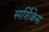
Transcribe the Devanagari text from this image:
स्पर्शिकेस